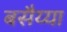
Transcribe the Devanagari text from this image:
बसैय्या